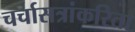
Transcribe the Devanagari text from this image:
चर्चासत्रांकरिता